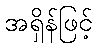
အရှိန်ဖြင့်